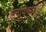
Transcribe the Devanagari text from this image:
एल्‌फिन्स्टनने